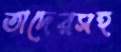
তাদেরসহ